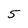
Character: 5